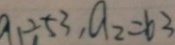
a _ { 1 } \div 5 3 , a _ { 2 } = 6 3